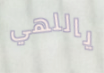
ياللهي